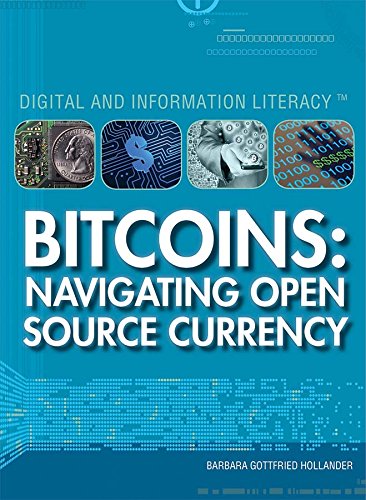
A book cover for Bitcoins: Navigating Open Source Currency (Digital and Information Literacy); Barbara Gottfried Hollander; Computers & Technology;